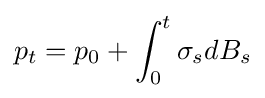
p_{t}=p_{0}+\int _{0}^{t}\sigma _{s}dB_{s}